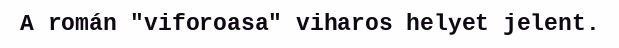
A román "viforoasa" viharos helyet jelent.